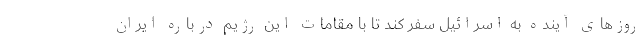
روزهای آینده به اسرائیل سفر کند تا با مقامات این رژیم درباره ایران